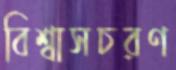
বিশ্বাসচরণ